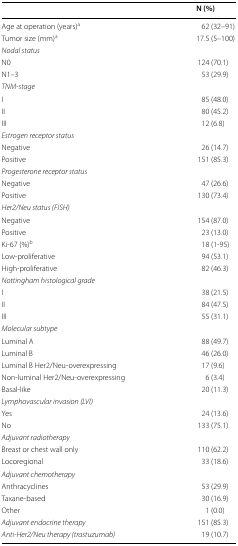
<table><thead><tr><td></td><td><b>N (%)</b></td></tr></thead><tbody><tr><td>Age at operation (years)<sup>a</sup></td><td>62 (32–91)</td></tr><tr><td>Tumor size (mm)<sup>a</sup></td><td>17.5 (5–100)</td></tr><tr><td colspan="2"><i>Nodal status</i></td></tr><tr><td>N0</td><td>124 (70.1)</td></tr><tr><td>N1–3</td><td>53 (29.9)</td></tr><tr><td colspan="2"><i>TNM-stage</i></td></tr><tr><td>I</td><td>85 (48.0)</td></tr><tr><td>II</td><td>80 (45.2)</td></tr><tr><td>III</td><td>12 (6.8)</td></tr><tr><td colspan="2"><i>Estrogen receptor status</i></td></tr><tr><td>Negative</td><td>26 (14.7)</td></tr><tr><td>Positive</td><td>151 (85.3)</td></tr><tr><td colspan="2"><i>Progesterone receptor status</i></td></tr><tr><td>Negative</td><td>47 (26.6)</td></tr><tr><td>Positive</td><td>130 (73.4)</td></tr><tr><td colspan="2"><i>Her2/Neu status (FISH)</i></td></tr><tr><td>Negative</td><td>154 (87.0)</td></tr><tr><td>Positive</td><td>23 (13.0)</td></tr><tr><td>Ki-67 (%)<sup>b</sup></td><td>18 (1-95)</td></tr><tr><td>Low-proliferative</td><td>94 (53.1)</td></tr><tr><td>High-proliferative</td><td>82 (46.3)</td></tr><tr><td colspan="2"><i>Nottingham histological grade</i></td></tr><tr><td>I</td><td>38 (21.5)</td></tr><tr><td>II</td><td>84 (47.5)</td></tr><tr><td>III</td><td>55 (31.1)</td></tr><tr><td colspan="2"><i>Molecular subtype</i></td></tr><tr><td>Luminal A</td><td>88 (49.7)</td></tr><tr><td>Luminal B</td><td>46 (26.0)</td></tr><tr><td>Luminal B Her2/Neu-overexpressing</td><td>17 (9.6)</td></tr><tr><td>Non-luminal Her2/Neu-overexpressing</td><td>6 (3.4)</td></tr><tr><td>Basal-like</td><td>20 (11.3)</td></tr><tr><td colspan="2"><i>Lymphovascular invasion (LVI)</i></td></tr><tr><td>Yes</td><td>24 (13.6)</td></tr><tr><td>No</td><td>133 (75.1)</td></tr><tr><td colspan="2"><i>Adjuvant radiotherapy</i></td></tr><tr><td>Breast or chest wall only</td><td>110 (62.2)</td></tr><tr><td>Locoregional</td><td>33 (18.6)</td></tr><tr><td colspan="2"><i>Adjuvant chemotherapy</i></td></tr><tr><td>Anthracyclines</td><td>53 (29.9)</td></tr><tr><td>Taxane-based</td><td>30 (16.9)</td></tr><tr><td>Other</td><td>1 (0.0)</td></tr><tr><td><i>Adjuvant endocrine therapy</i></td><td>151 (85.3)</td></tr><tr><td><i>Anti-Her2/Neu therapy (trastuzumab)</i></td><td>19 (10.7)</td></tr></tbody></table>